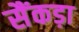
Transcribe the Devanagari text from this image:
सैंकड़ा